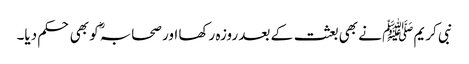
نبی کریم ﷺ نے بھی بعثت کے بعد روزہ رکھا اور صحابہؓ کو بھی حکم دیا۔